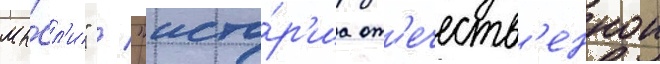
мы́сл'и" / "исто́р'иа от'ечеств'еннои